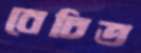
বেচিত